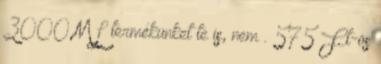
3000 ML termékünket te is, nem . 575 Ft-os